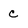
Character: c